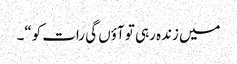
میں زندہ رہی تو آؤں گی رات کو“۔